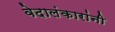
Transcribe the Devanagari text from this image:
वेदालंकारांनी